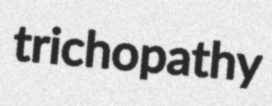
trichopathy